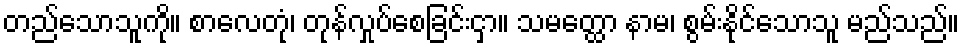
တည်သောသူကို။ စာလေတုံ၊ တုန်လှုပ်စေခြင်းငှာ။ သမတ္ထော နာမ၊ စွမ်းနိုင်သောသူ မည်သည်။